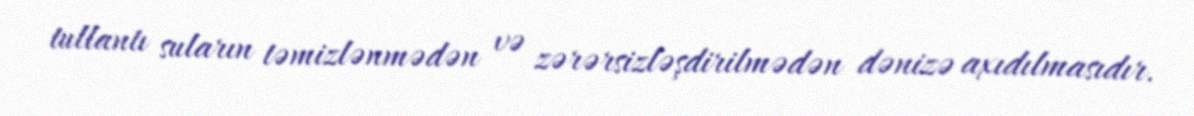
tullantı suların təmizlənmədən və zərərsizləşdirilmədən dənizə axıdılmasıdır.